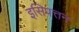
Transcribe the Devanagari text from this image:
इसिपत्तन